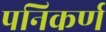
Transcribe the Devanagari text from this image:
पनिकर्ण